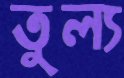
তুল্য